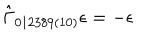
\hat { \Gamma } _ { 0 1 2 3 8 9 ( 1 0 ) } \epsilon = - \epsilon